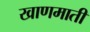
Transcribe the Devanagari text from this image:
खाणमाती